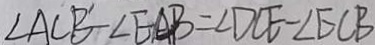
\angle A C B ^ { \prime } - \angle E A B = \angle D C E - \angle E C B